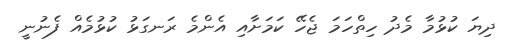
ދިޔަ ކުޅުމާ މެދު ހިތްހަމަ ޖެހޭ ކަމަށާއި އެެންމެ ރަނގަޅު ކުޅުމެއް ފެނުނީ